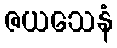
ဇယသေနံ